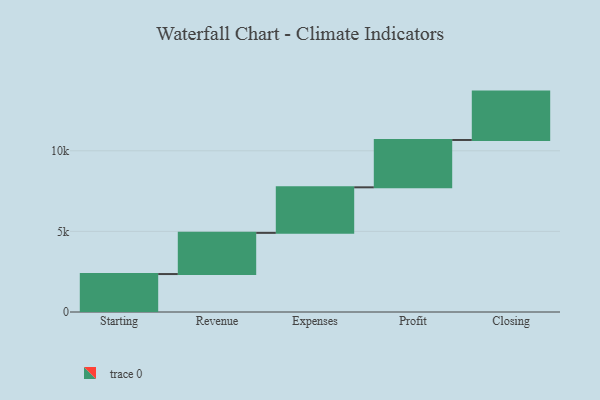
{"axis": {"x": "Step", "y": "Value"}, "legend": [""], "data": [{"x": "Starting", "y": 2354.0, "type": ""}, {"x": "Revenue", "y": 2554.0, "type": ""}, {"x": "Expenses", "y": 2825.0, "type": ""}, {"x": "Profit", "y": 2937.0, "type": ""}, {"x": "Closing", "y": 3000, "type": ""}]}